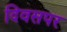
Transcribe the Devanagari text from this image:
दिवसपर